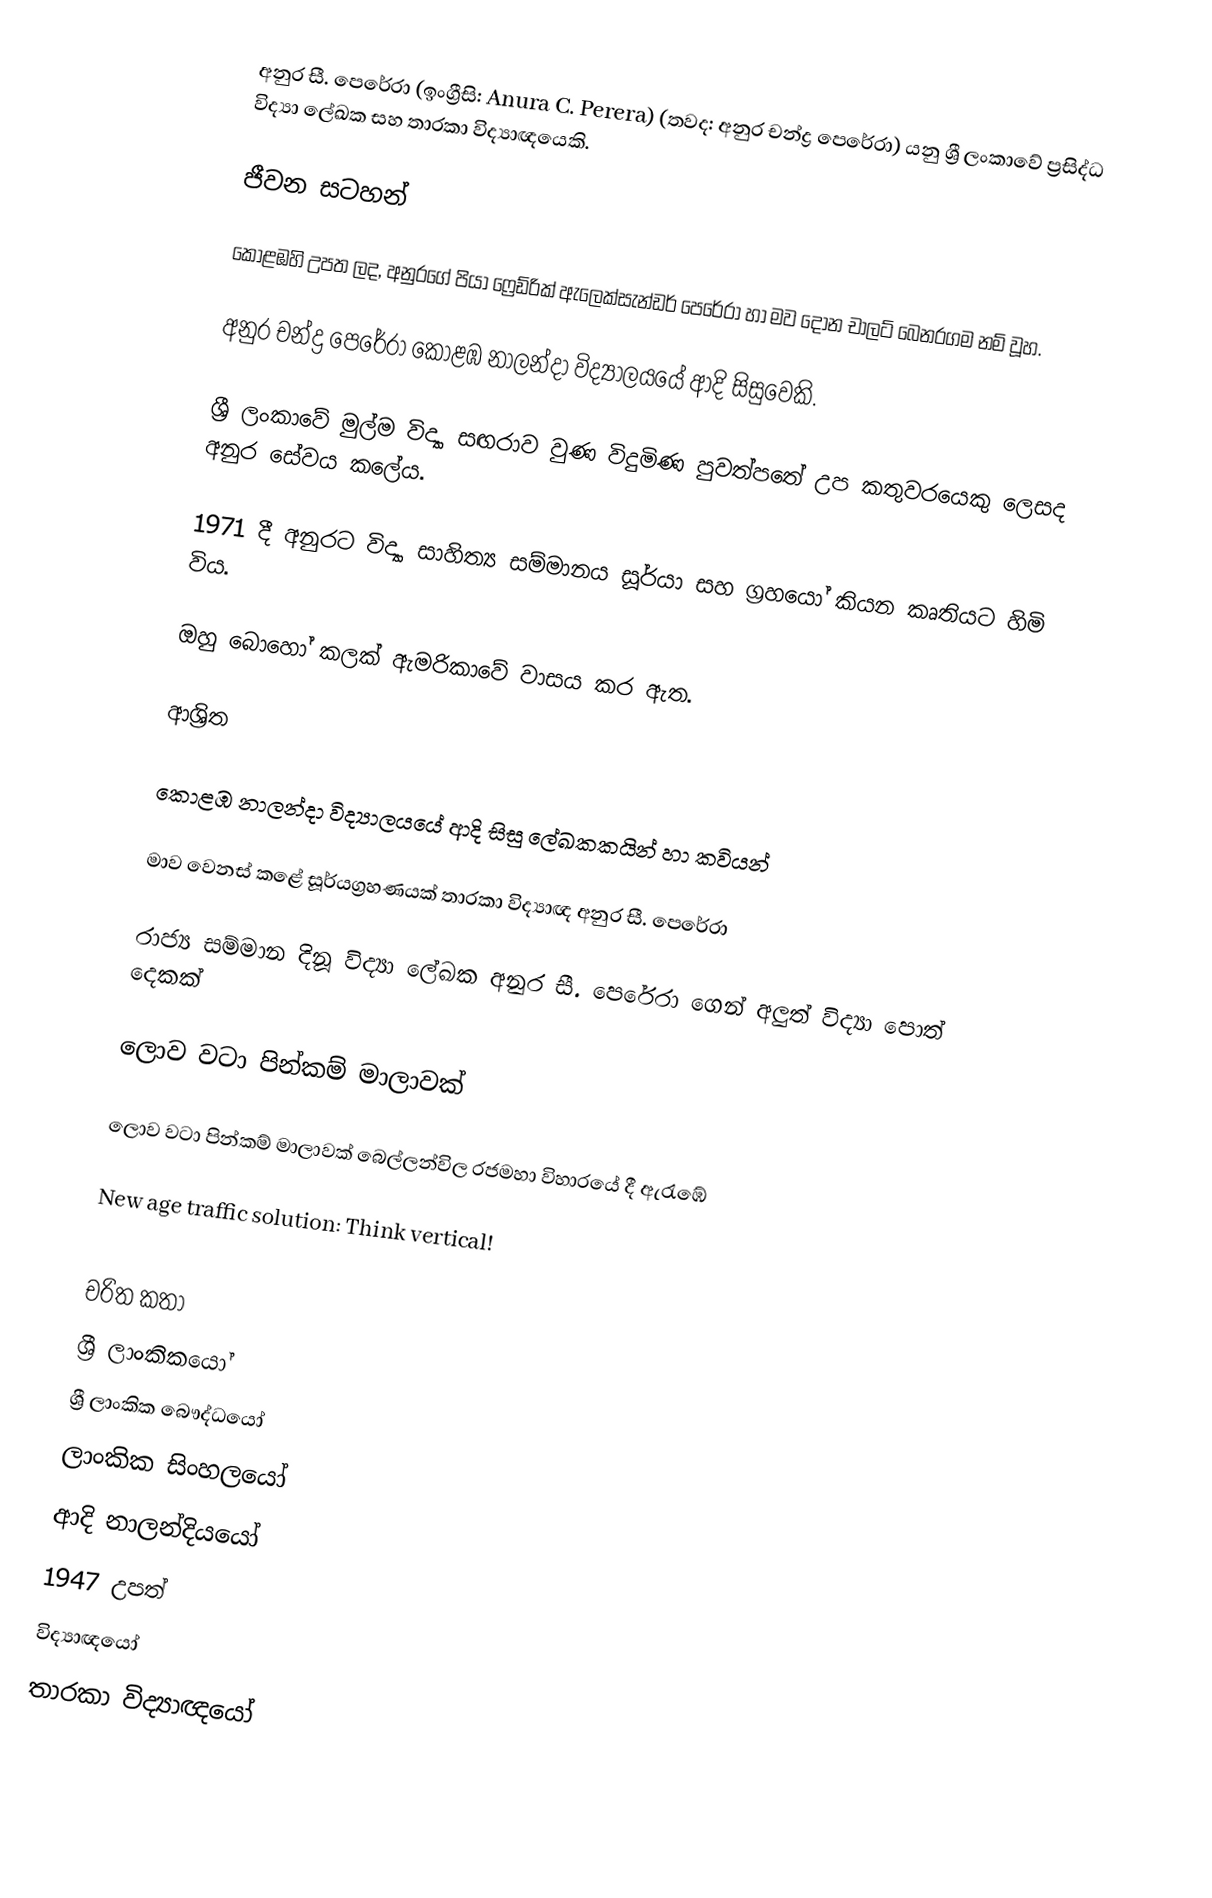
අනුර සී. පෙරේරා (ඉංග්‍රීසි: Anura C. Perera) (තවද: අනුර චන්ද්‍ර පෙරේරා) යනු ශ්‍රී ලංකාවේ ප්‍රසිද්ධ විද්‍යා ලේඛක සහ තාරකා විද්‍යාඥයෙකි.

ජීවන සටහන්

කොළඹහි උපත ලද, අනුරගේ පියා ෆ්‍රෙඩ්රික් ඇලෙක්සැන්ඩර් පෙරේරා හා මව දෝන චාලට් බෙනරගම නම් වූහ.

අනුර චන්ද්‍ර පෙරේරා  කොළඹ නාලන්දා විද්‍යාලයයේ ආදි සිසුවෙකි.

ශ්‍රී ලංකාවේ මුල්ම විද්‍යා සඟරාව වුණ විදුමිණ පුවත්පතේ උප කතුවරයෙකු ලෙසද අනුර සේවය කලේය.

1971 දී අනුරට විද්‍යා සාහිත්‍ය සම්මානය සූර්යා සහ ග්‍රහයෝ කියන කෘතියට හිමි විය.

ඔහු බොහෝ කලක් ඇමරිකාවේ වාසය කර ඇත.

ආශ්‍රිත

 කොළඹ නාලන්දා විද්‍යාලයයේ ආදි සිසු ලේඛකකයින් හා කවියන්

 මාව වෙනස් කළේ සූර්යග්‍රහණයක් තාරකා විද්‍යාඥ අනුර සී. පෙරේරා

 රාජ්‍ය සම්මාන දිනූ විද්‍යා ලේඛක අනුර සී. පෙරේරා ගෙන් අලුත් විද්‍යා පොත් දෙකක්

 ලොව වටා පින්කම් මාලාවක්

 ලොව වටා පින්කම් මාලාවක් බෙල්ලන්විල රජමහා විහාරයේ දී ඇරැඹේ

 New age traffic solution: Think vertical!

චරිත කතා
ශ්‍රී ලාංකිකයෝ
ශ්‍රී ලාංකික බෞද්ධයෝ
ලාංකික සිංහලයෝ
ආදි නාලන්දියයෝ
1947 උපත්
විද්‍යාඥයෝ
තාරකා විද්‍යාඥයෝ